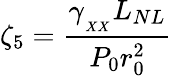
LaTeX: \zeta_{5}=\frac{\gamma_{_{_{XX}}}L_{NL}}{P_{0}r_{0}^{2}}